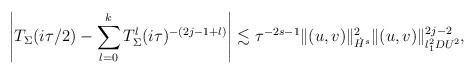
LaTeX: \begin{align*}\left| T_\Sigma(i\tau/2) - \sum_{l = 0}^k T_\Sigma^l (i\tau)^{-(2j-1+l)} \right| \lesssim \tau^{-2s-1} \| (u,v) \|_{\dot H^s}^2\|(u,v)\|_{l^2_1 DU^2}^{2j-2},\end{align*}